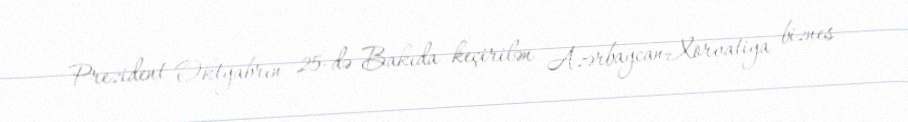
Prezident Oktyabrın 25-də Bakıda keçirilən Azərbaycan-Xorvatiya biznes